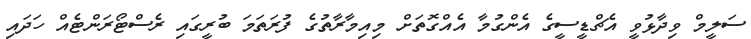
ސަލީމް ވިދާޅުވީ އެޗްޑީސީގެ އެންގުމާ އެއްގޮތަށް މިއިމާރާތުގެ ފުރަތަމަ ބުރީގައި ރެސްޓޯރަންޓެއް ހަދައި